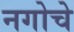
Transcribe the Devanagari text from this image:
नगोचे